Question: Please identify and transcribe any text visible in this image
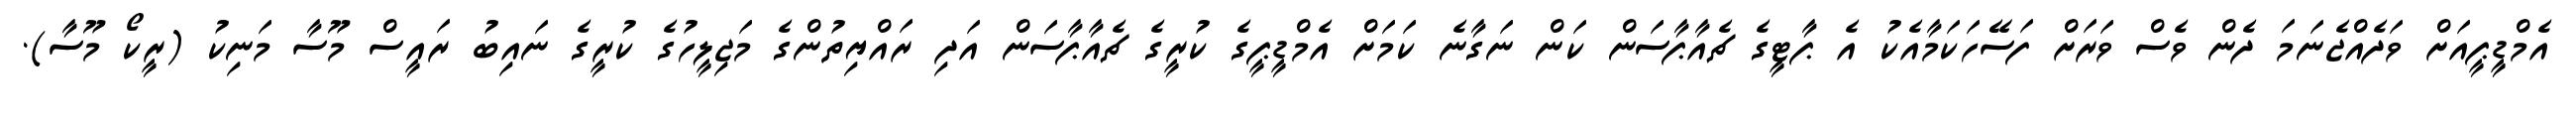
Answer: އެމްޑީޕީއަށް ވަދެއްޖެނަމަ ދެން ވެސް ވަރަށް ފަސޭހަކަމާއެކު އެ ޕާޓީގެ ޗެއާޕާސަން ކަން ނަގާނެ ކަމަށް އެމްޑީޕީގެ ކުރީގެ ޗެއާޕާސަން އަދި ރައްޔިތުންގެ މަޖިލީހުގެ ކުރީގެ ނައިބު ރައީސް މޫސާ މަނިކު (ރީކޯ މޫސާ).